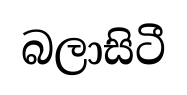
බලාසිටී